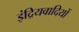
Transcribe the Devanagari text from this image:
इंद्रियवादियों